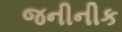
જનીનીક